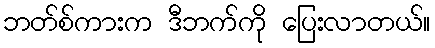
ဘတ်စ်ကားက ဒီဘက်ကို ပြေးလာတယ်။